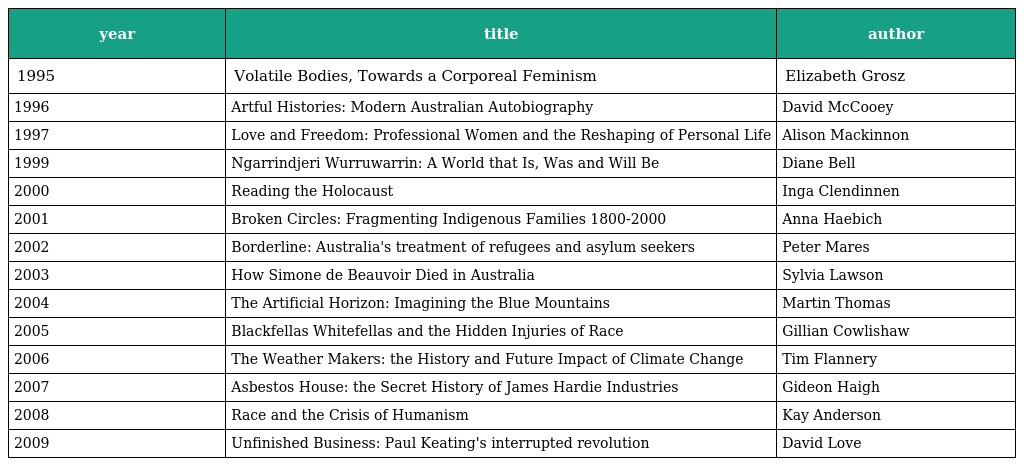
| year | title | author |
 | --- | --- | --- |
 | 1995 | Volatile Bodies, Towards a Corporeal Feminism | Elizabeth Grosz |
 | 1996 | Artful Histories: Modern Australian Autobiography | David McCooey |
 | 1997 | Love and Freedom: Professional Women and the Reshaping of Personal Life | Alison Mackinnon |
 | 1999 | Ngarrindjeri Wurruwarrin: A World that Is, Was and Will Be | Diane Bell |
 | 2000 | Reading the Holocaust | Inga Clendinnen |
 | 2001 | Broken Circles: Fragmenting Indigenous Families 1800-2000 | Anna Haebich |
 | 2002 | Borderline: Australia's treatment of refugees and asylum seekers | Peter Mares |
 | 2003 | How Simone de Beauvoir Died in Australia | Sylvia Lawson |
 | 2004 | The Artificial Horizon: Imagining the Blue Mountains | Martin Thomas |
 | 2005 | Blackfellas Whitefellas and the Hidden Injuries of Race | Gillian Cowlishaw |
 | 2006 | The Weather Makers: the History and Future Impact of Climate Change | Tim Flannery |
 | 2007 | Asbestos House: the Secret History of James Hardie Industries | Gideon Haigh |
 | 2008 | Race and the Crisis of Humanism | Kay Anderson |
 | 2009 | Unfinished Business: Paul Keating's interrupted revolution | David Love |